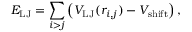
E _ { \mathrm { L J } } = \sum _ { i > j } \left( V _ { \mathrm { L J } } ( r _ { i , j } ) - V _ { \mathrm { s h i f t } } \right) ,